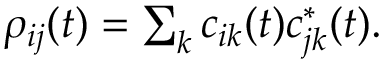
\begin{array} { r } { \rho _ { i j } ( t ) = \sum _ { k } c _ { i k } ( t ) c _ { j k } ^ { \ast } ( t ) . } \end{array}